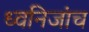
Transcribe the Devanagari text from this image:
ध्वनिजांच